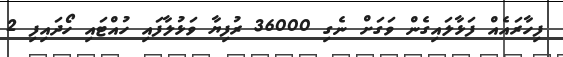
ފިހާރައެއް ފަޅާލައިގެން ވަގަށް ނެގި 36000 ރުފިޔާ ވަޅުލާފައި ހުއްޓައި ހޯދައިފި 2